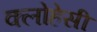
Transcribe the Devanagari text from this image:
क्लोहेसी